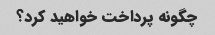
چگونه پرداخت خواهید کرد؟